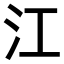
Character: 江